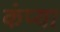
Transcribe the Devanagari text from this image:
कंप्या